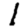
Digit: 1